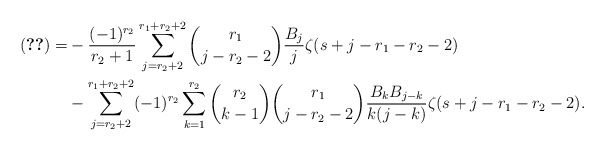
\begin{align*}\eqref{equ:Z3r1r202}=&-\frac{(-1)^{r_2}}{r_2+1}\sum_{j=r_2+2}^{r_1+r_2+2}\binom{r_1}{j-r_2-2}\frac{B_j}{j} \zeta(s+j-r_1-r_2-2)\\&-\sum_{j=r_2+2}^{r_1+r_2+2}(-1)^{r_2}\sum_{k=1}^{r_2}\binom{r_2}{k-1}\binom{r_1}{j-r_2-2}\frac{B_kB_{j-k}}{k(j-k)}\zeta(s+j-r_1-r_2-2).\end{align*}